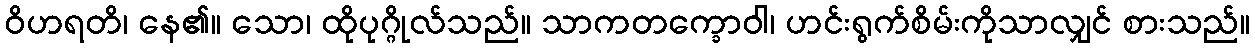
ဝိဟရတိ၊ နေ၏။ သော၊ ထိုပုဂ္ဂိုလ်သည်။ သာကတက္ခောဝါ၊ ဟင်းရွက်စိမ်းကိုသာလျှင် စားသည်။